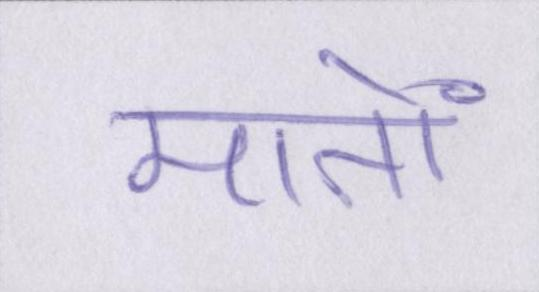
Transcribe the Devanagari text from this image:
मतों